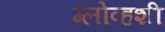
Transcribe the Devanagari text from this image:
ग्लोव्हशी